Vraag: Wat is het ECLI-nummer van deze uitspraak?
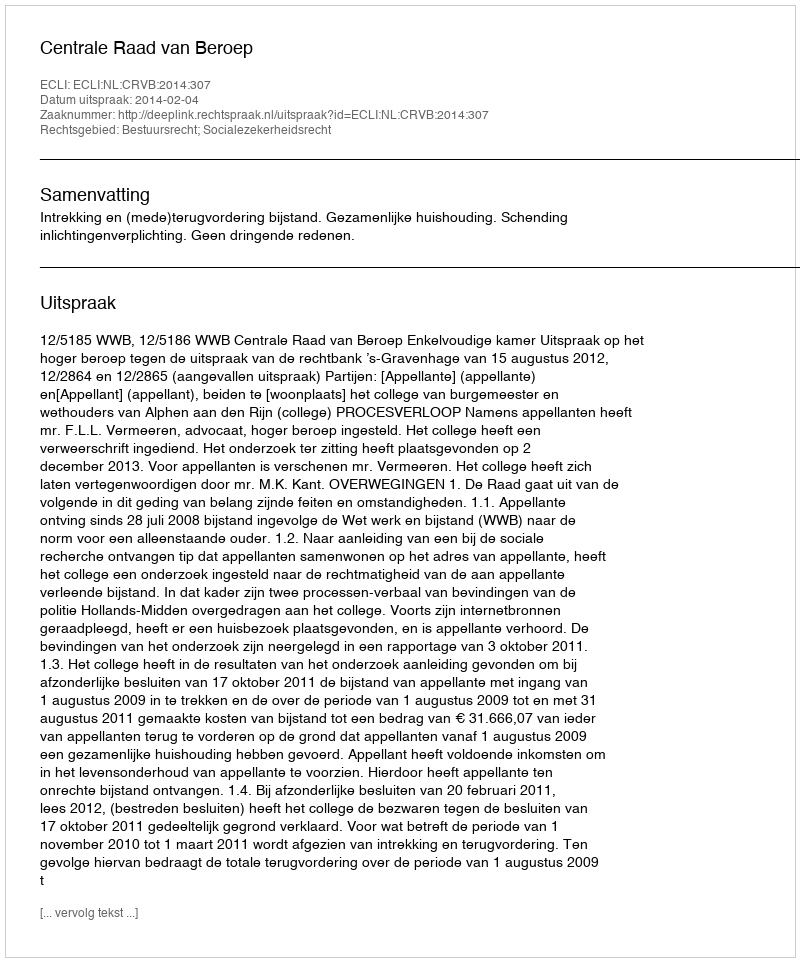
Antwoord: ECLI:NL:CRVB:2014:307